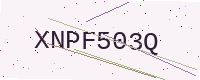
Text: XNPF503Q